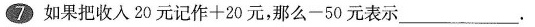
7如果把收入20元记作+20元，那么-50元表示___.